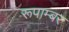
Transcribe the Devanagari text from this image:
रूपाम्बर